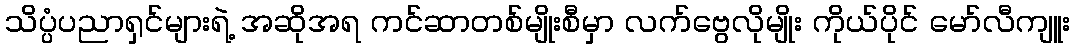
သိပ္ပံပညာရှင်များရဲ့ အဆိုအရ ကင်ဆာတစ်မျိုးစီမှာ လက်ဗွေလိုမျိုး ကိုယ်ပိုင် မော်လီကျူး